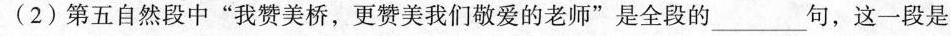
(2)第五自然段中”我赞美桥，更赞美我们敬爱的老师”是全段的___句，这一段是